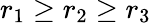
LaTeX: r_{1}\ge r_{2}\ge r_{3}